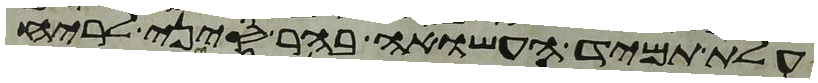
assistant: עלת תמיד העשויה בהר סיני לריח